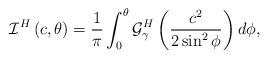
LaTeX: \begin{align*}\mathcal{I}^H\left(c,\theta\right)&=\frac{1}{\pi}\int_0^\theta\mathcal{G}_{\gamma}^H\left(\frac{c^2}{2\sin^2\phi}\right)d\phi,\end{align*}